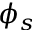
\phi _ { s }